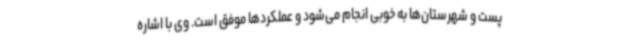
پست و شهرستان‌ها به خوبی انجام می‌شود و عملکردها موفق است. وی با اشاره